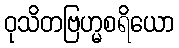
ဝုသိတဗြဟ္မစရိယော